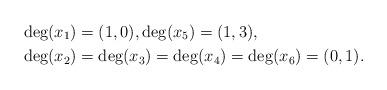
LaTeX: \begin{align*}\deg(x_1)&=(1,0), \deg(x_5)=(1,3), \\\deg(x_2)&=\deg(x_3)=\deg(x_4)=\deg(x_6)=(0,1).\end{align*}